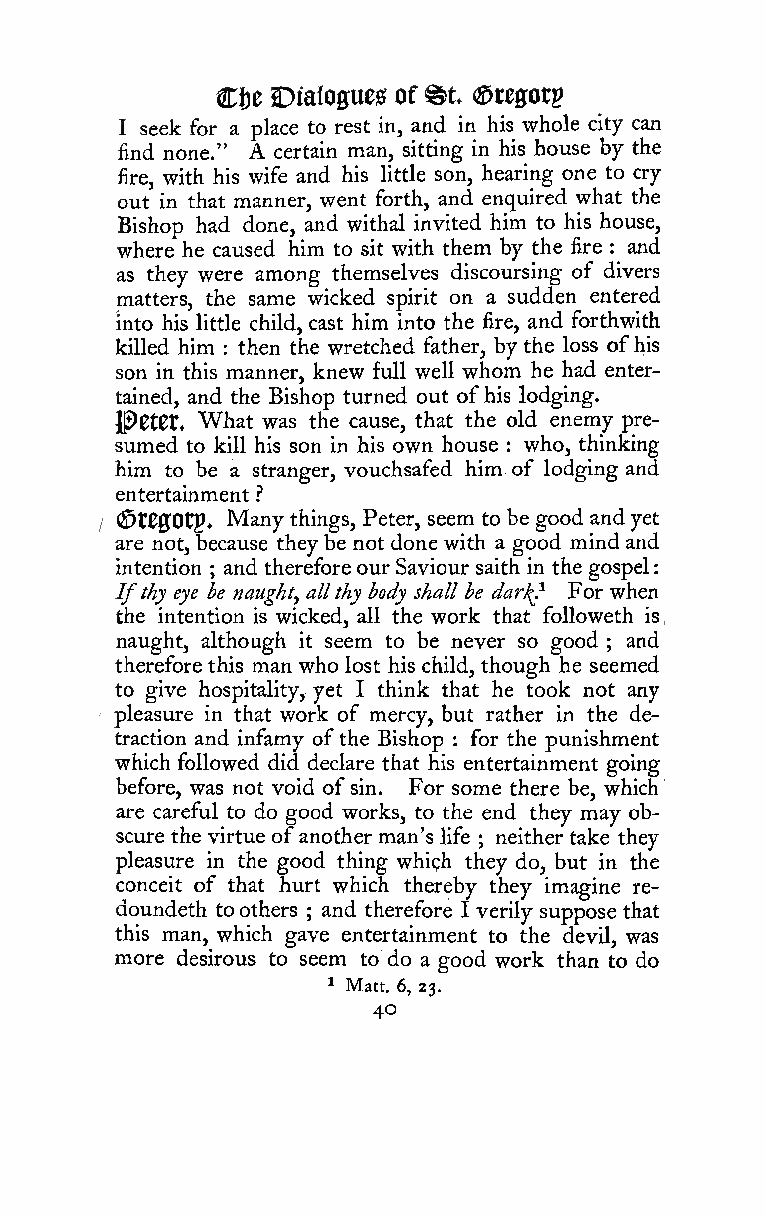
:
 ^t
 Cije DiaIoffue0 of (Steptg
 I seek for a place to rest in, and in his whole city can
 find none." A certain man, sitting in his house by the
 fire, with his wife and his little son, hearing one to cry
 out in that manner, went forth, and enquired what the
 Bishop had done, and withal invited him to his house,
 where he caused him to sit with them by the fire : and
 as they were among themselves discoursing of divers
 matters, the same wicked spirit on a sudden entered
 into his little child, cast him into the fire, and forthwith
 killed him then the wretched father, by the loss ofhis
 :
 son in this manner, knew full well whom he had enter-
 tained, and the Bishop turned out ofhis lodging.
 Pet0t. What was the cause, that the old enemy pre-
 sumed to kill his son in his own house : who, thinking
 him to be a stranger, vouchsafed him of lodging and
 entertainment .''
 (St00Otp, Many things, Peter, seem to be good andyet
 /
 are not, because theybe not done with a good mind and
 intention and therefore our Saviour saith in the gospel
 ;
 Ifthy eye be naught, allthy body shall be dar^} For when
 ,
 the intention is wicked, all the work that foUoweth is
 ,
 naught, although it seem to be never so good ; and
 therefore this man who lost his child, though he seemed
 to give hospitality, yet I think that he took not any
 pleasure in that work of mercy, but rather in the de-
 '
 traction and infamy ofthe Bishop for the punishment
 :
 which followed did declare that his entertainment going
 before, was not void ofsin. For some there be, which
 are careful to do good works, to the end they may ob-
 scure the virtue ofanother man's life neither take they
 ;
 pleasure in the good thing whiph they do, but in the
 conceit of that hurt which thereby they imagine re-
 doundeth toothers ; and therefore I verily suppose that
 this man, which gave entertainment to the devil, was
 more desirous to seem to do a good work than to do
 1 Matt. 6, 23.
 40